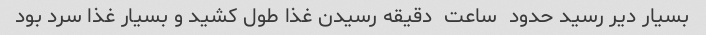
بسیار دیر رسید حدود  ساعت  دقیقه رسیدن غذا طول کشید و بسیار غذا سرد بود